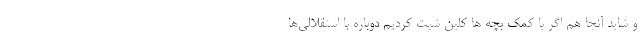
و شاید آنجا هم اگر با کمک بچه ها کلین شیت کردیم دوباره با استقلالی‌ها